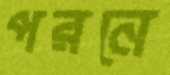
পরনে